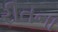
રીતના